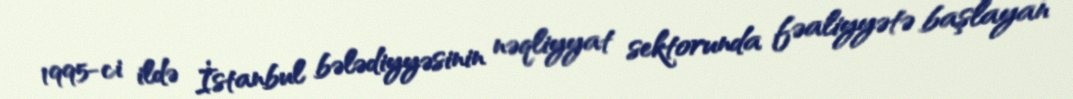
1995-ci ildə İstanbul bələdiyyəsinin nəqliyyat sektorunda fəaliyyətə başlayan